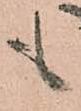
も